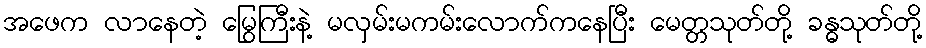
အဖေက လာနေတဲ့ မြွေကြီးနဲ့ မလှမ်းမကမ်းလောက်ကနေပြီး မေတ္တသုတ်တို့ ခန္ဓသုတ်တို့